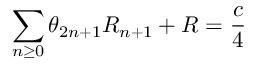
\sum _ { n \geq 0 } \theta _ { 2 n + 1 } R _ { n + 1 } + { \cal R } = \frac { c } { 4 }